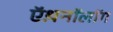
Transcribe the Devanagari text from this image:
ऍथ़नॉलॉग